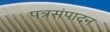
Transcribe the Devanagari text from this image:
पत्रसंपादन